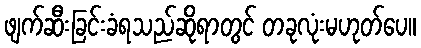
ဖျက်ဆီးခြင်းခံရသည်ဆိုရာတွင် တခုလုံးမဟုတ်ပေ။